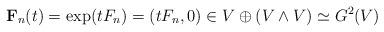
LaTeX: \begin{align*}\mathbf{F}_n(t) = \exp(tF_n) = \left( t F_n, 0\right)\in V\oplus (V\wedge V) \simeq G^2(V)\end{align*}